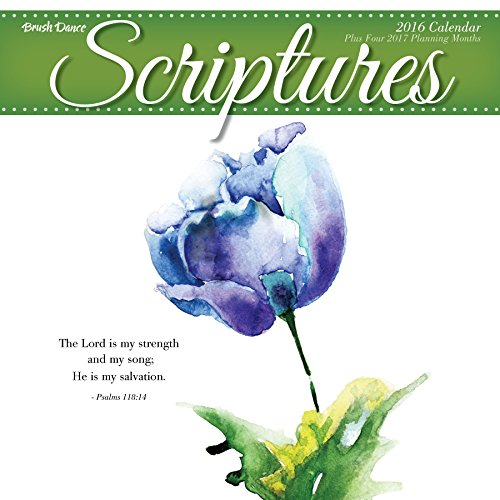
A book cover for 2016 Scriptures Wall Calendar; Brush Dance; Calendars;